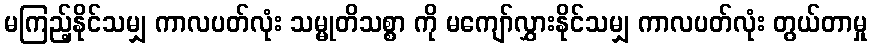
မကြည့်နိုင်သမျှ ကာလပတ်လုံး သမ္မုတိသစ္စာ ကို မကျော်လွှားနိုင်သမျှ ကာလပတ်လုံး တွယ်တာမှု